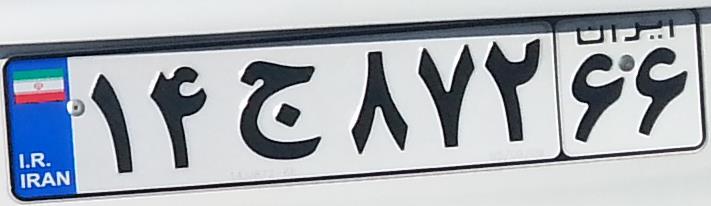
۱۴ج۸۷۲۶۶